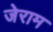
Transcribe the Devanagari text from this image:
जेराम